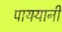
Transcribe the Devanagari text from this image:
पायर्‍यानी